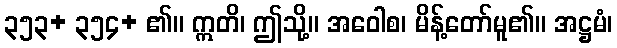
၃၅၃+ ၃၅၄+ ၏။ ဣတိ၊ ဤသို့။ အဝေါစ၊ မိန့်တော်မူ၏။ အဋ္ဌမံ၊